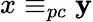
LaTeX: x\equiv_{pc}\mathbf{y}